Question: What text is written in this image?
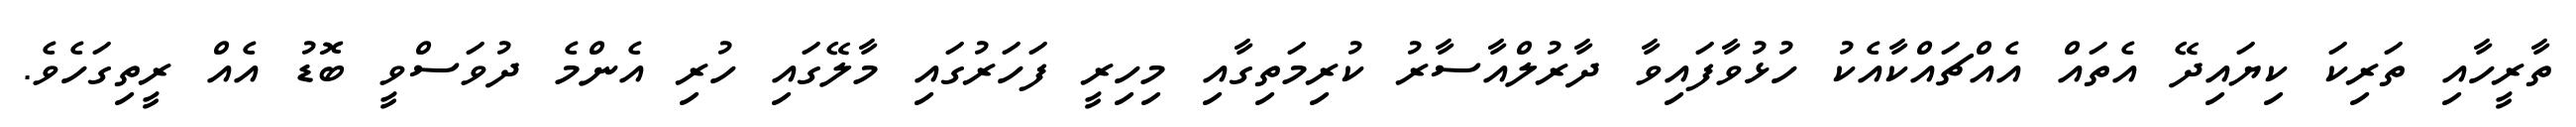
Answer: ތާރީހާއި ތަރިކަ ކިޔައިދޭ އެތައް އެއްޗައްކާއެކު ހުޅުވާފައިވާ ދާރުލްއާސާރު ކުރިމަތިގާއި މިހިރީ ފަހަރުގައި މާލޭގައި ހުރި އެންމެ ދުވަސްވީ ބޮޑު އެއް ރީތިގަހެވެ.